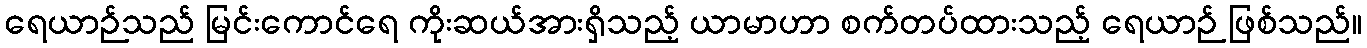
ရေယာဉ်သည် မြင်းကောင်ရေ ကိုးဆယ်အားရှိသည့် ယာမာဟာ စက်တပ်ထားသည့် ရေယာဉ် ဖြစ်သည်။